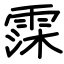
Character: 霂